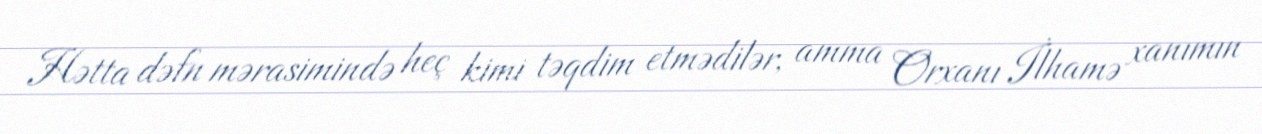
Hətta dəfn mərasimində heç kimi təqdim etmədilər, amma Orxanı İlhamə xanımın